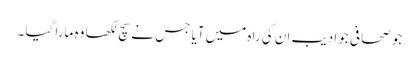
جو صحافی جو ادیب ان کی راہ میں آیا جس نے سچ لکھا وہ مارا گیا ۔